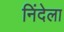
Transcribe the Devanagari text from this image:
निंदेला